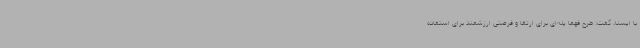
با ایسنا، گفت: طرح فهما پله‌ای برای ارتقا و فرصتی ارزشمند برای استفاده